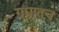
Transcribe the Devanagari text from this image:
गद्यातच